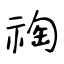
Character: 祹